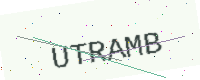
Text: UTRAMB